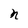
Character: n